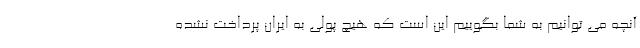
آنچه می توانیم به شما بگوییم این است که هیچ پولی به ایران پرداخت نشده